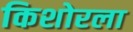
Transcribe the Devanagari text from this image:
किशोरला